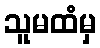
သူမထံမှ